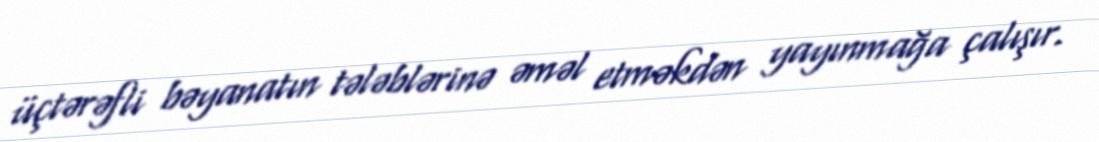
üçtərəfli bəyanatın tələblərinə əməl etməkdən yayınmağa çalışır.